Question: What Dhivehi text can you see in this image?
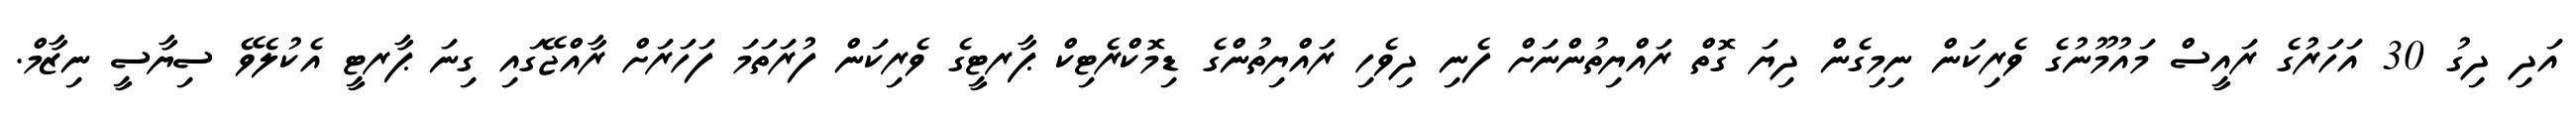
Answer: އަދި ދިގު 30 އަހަރުގެ ރައީސް މައުމޫނުގެ ވެރިކަން ނިމިގެން ދިޔަ ގޮތް ރައްޔިތުންނަށް ފެނި ދިވެހި ރައްޔިތުންގެ ޑިމޮކްރެޓިކް ޕާރޓީގެ ވެރިކަން ފުރަތަމަ ފަހަރަށް ރާއްޖޭގައި ގިނަ ޕާރޓީ އެކުލެވޭ ސިޔާސީ ނިޒާމް.